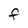
Character: F